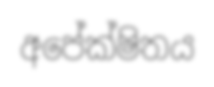
අපේක්ෂිතය